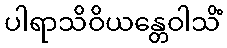
ပါရာသိဝိယန္တေဝါသိံ